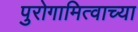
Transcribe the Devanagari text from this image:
पुरोगामित्वाच्या